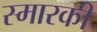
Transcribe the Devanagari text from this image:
स्मारकी